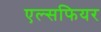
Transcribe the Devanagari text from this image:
एल्सफियर